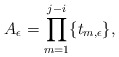
\begin{align*}A_{\epsilon}=\prod_{m=1}^{j-i}\{t_{m,\epsilon}\},\end{align*}